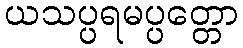
ယသပ္ပရမပ္ပတ္တော